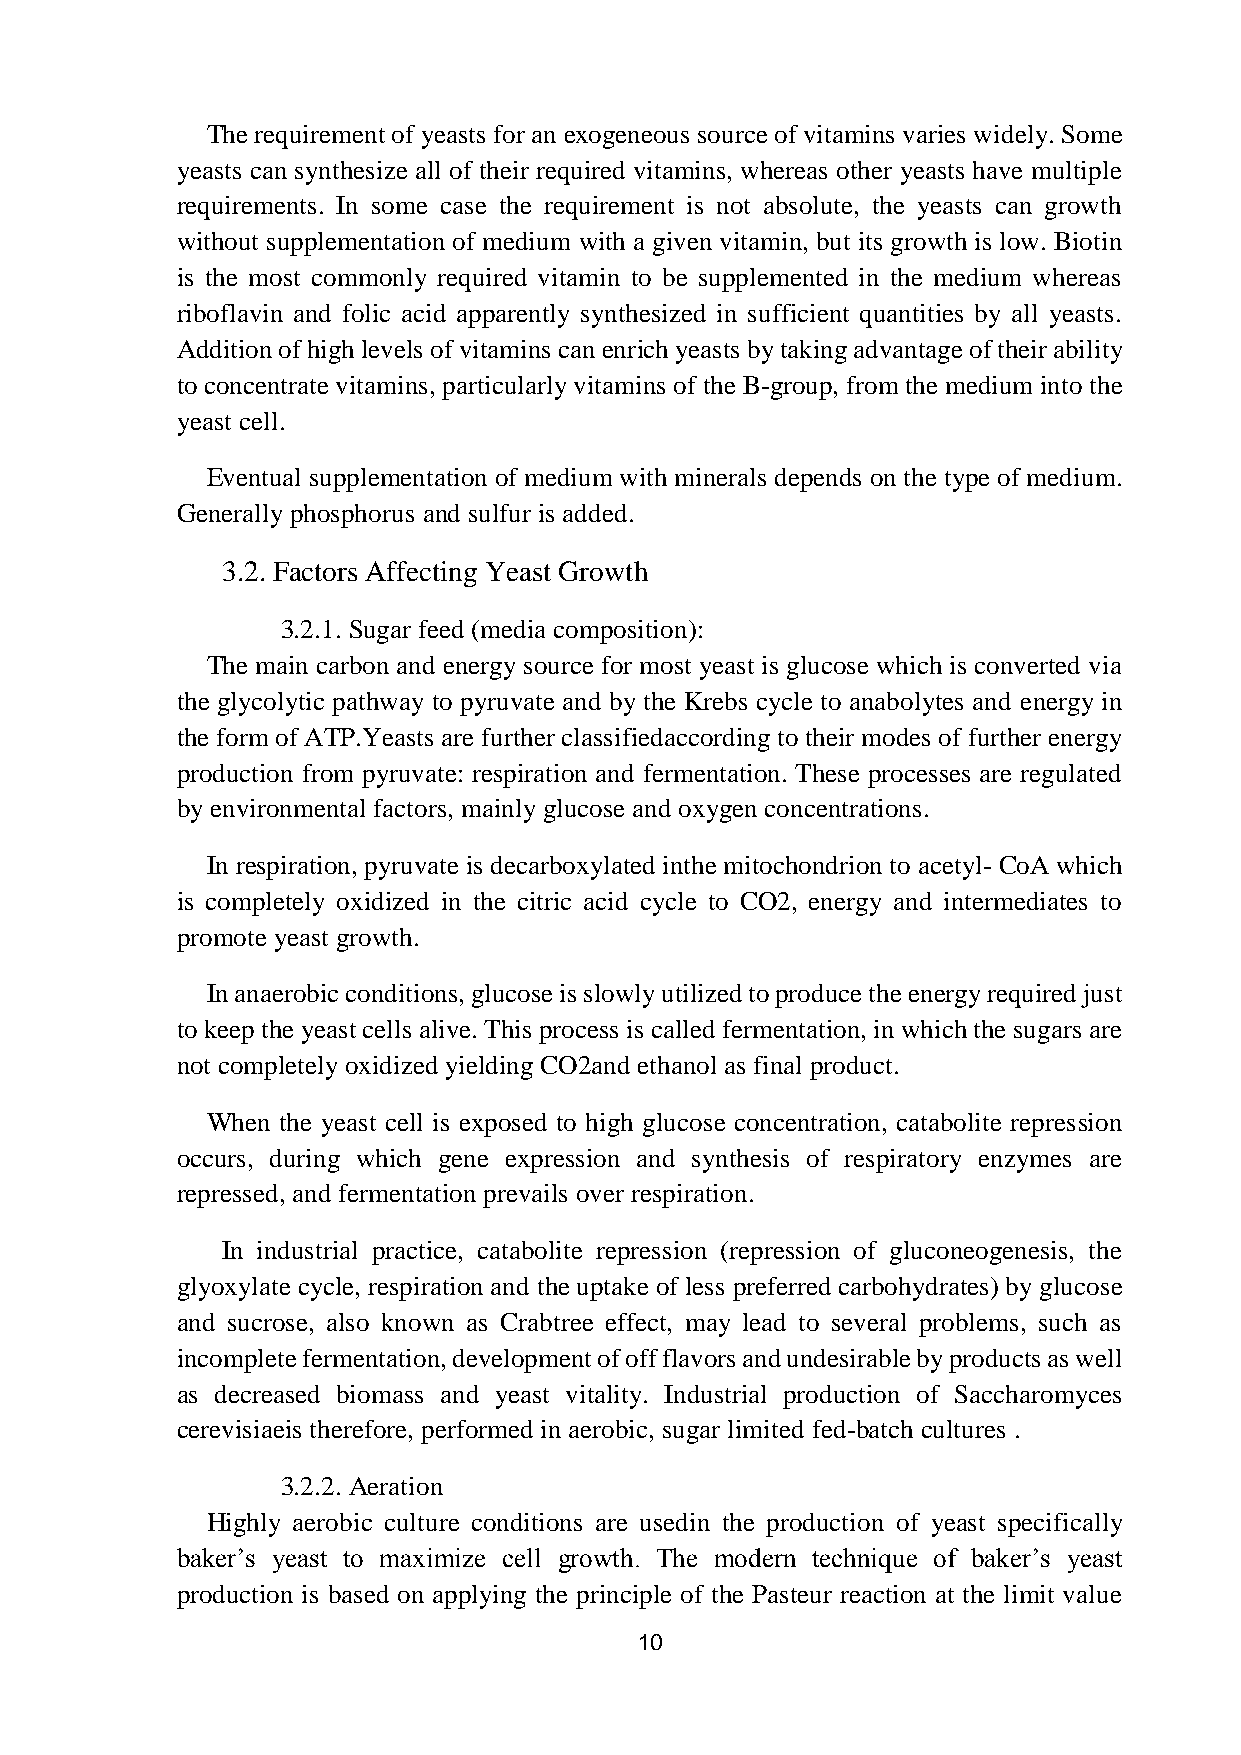
The requirement of yeasts for an exogeneous source of vitamins varies widely. Some
 yeasts can synthesize all of their required vitamins, whereas other yeasts have multiple
 requirements. In some case the requirement is not absolute, the yeasts can growth
 without supplementation of medium with a given vitamin, but its growth is low. Biotin
 is the most commonly required vitamin to be supplemented in the medium whereas
 riboflavin and folic acid apparently synthesized in sufficient quantities by all yeasts.
 Addition of high levels of vitamins can enrich yeasts by taking advantage of their ability
 to concentrate vitamins, particularly vitamins of the B-group, from the medium into the
 yeast cell.
 Eventual supplementation of medium with minerals depends on the type of medium.
 Generally phosphorus and sulfur is added.
 3.2. Factors Affecting Yeast Growth
 3.2.1. Sugar feed (media composition):
 The main carbon and energy source for most yeast is glucose which is converted via
 the glycolytic pathway to pyruvate and by the Krebs cycle to anabolytes and energy in
 the form of ATP.Yeasts are further classifiedaccording to their modes of further energy
 production from pyruvate: respiration and fermentation. These processes are regulated
 by environmental factors, mainly glucose and oxygen concentrations.
 In respiration, pyruvate is decarboxylated inthe mitochondrion to acetyl- CoA which
 is completely oxidized in the citric acid cycle to CO2, energy and intermediates to
 promote yeast growth.
 In anaerobic conditions, glucose is slowly utilized to produce the energy required just
 to keep the yeast cells alive. This process is called fermentation, in which the sugars are
 not completely oxidized yielding CO2and ethanol as final product.
 When the yeast cell is exposed to high glucose concentration, catabolite repression
 occurs, during which gene expression and synthesis of respiratory enzymes are
 repressed, and fermentation prevails over respiration.
 In industrial practice, catabolite repression (repression of gluconeogenesis, the
 glyoxylate cycle, respiration and the uptake of less preferred carbohydrates) by glucose
 and sucrose, also known as Crabtree effect, may lead to several problems, such as
 incomplete fermentation, development of off flavors and undesirable by products as well
 as decreased biomass and yeast vitality. Industrial production of Saccharomyces
 cerevisiaeis therefore, performed in aerobic, sugar limited fed-batch cultures .
 3.2.2. Aeration
 Highly aerobic culture conditions are usedin the production of yeast specifically
 baker’s yeast to maximize cell growth. The modern technique of baker’s yeast
 production is based on applying the principle of the Pasteur reaction at the limit value
 10